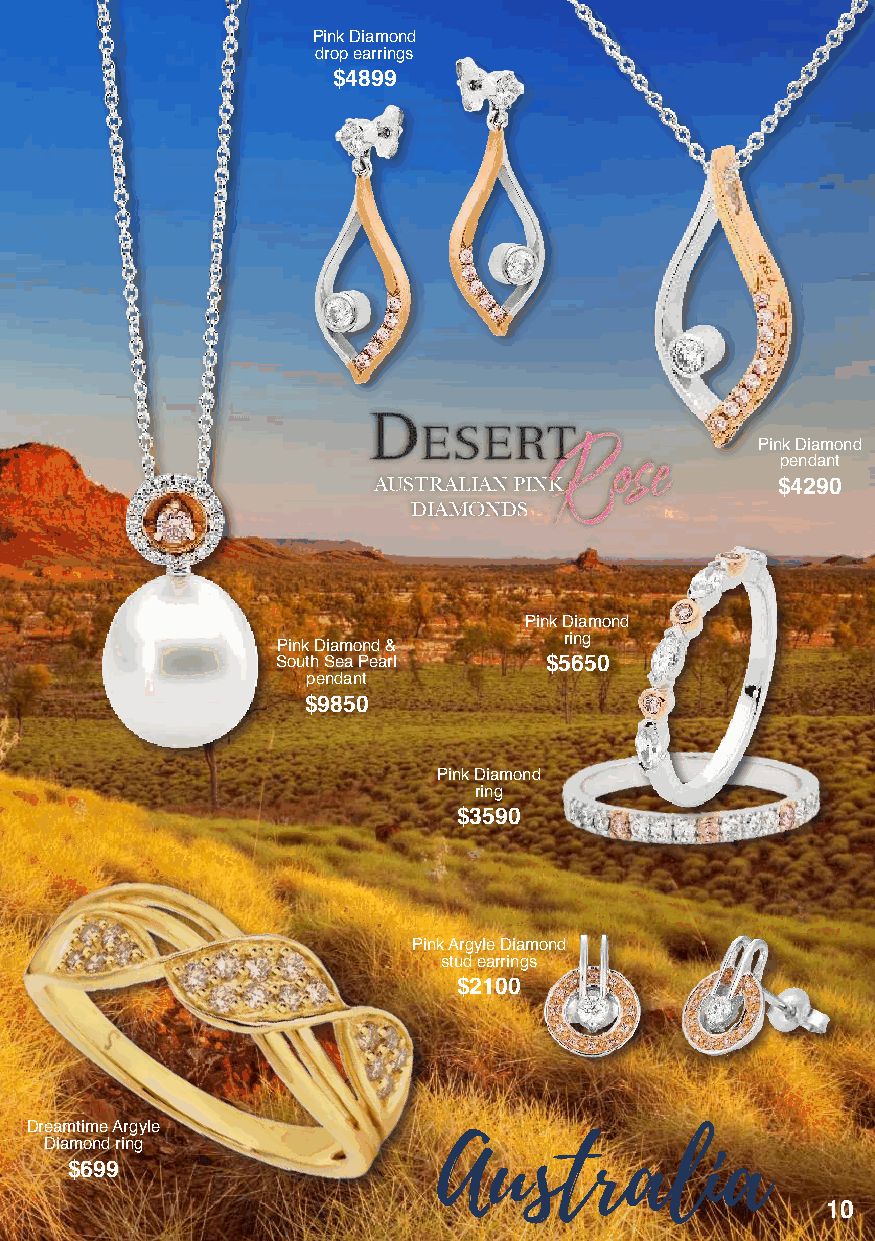
Pink Diamond
 drop earrings
 $4899
 Pink Diamond
 pendant
 AUSTRALIAN PINK           $4290
 DIAMONDS
 Pink Diamond
 ring
 Pink Diamond &
 South Sea Pearl   $5650
 pendant
 $9850
 Pink Diamond
 ring
 $3590
 Pink Argyle Diamond
 stud earrings
 $2100
 Dreamtime Argyle
 Diamond ring
 Australia
 $699
 10